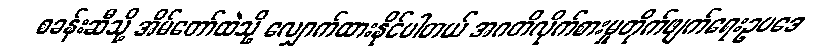
စခန်းဆီသို့ အိမ်တော်ထဲသို့ လျှောက်ထားနိုင်ပါတယ် အဂတိလိုက်စားမှုတိုက်ဖျက်ရေးဥပဒေ